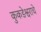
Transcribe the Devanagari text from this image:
कुकडेश्वराचे